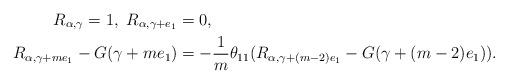
LaTeX: \begin{align*} R_{\alpha,\gamma}=1,~R_{\alpha, \gamma+e_1}&=0, \\ R_{\alpha, \gamma+me_1}-G(\gamma+me_1) &= -\frac{1}{m}\theta_{11} (R_{\alpha, \gamma+(m-2)e_1}-G(\gamma+(m-2)e_1)). \end{align*}